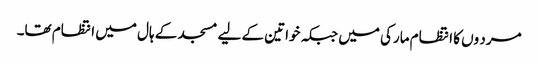
مرد وں کا انتظام مارکی میں جبکہ خواتین کے لیے مسجد کے ہال میں انتظام تھا۔